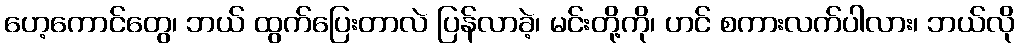
ဟေ့ကောင်တွေ၊ ဘယ် ထွက်ပြေးတာလဲ ပြန်လာခဲ့၊ မင်းတို့ကို၊ ဟင် စကားလက်ပါလား၊ ဘယ်လို